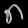
Digit: ၈